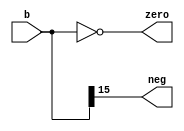
module flags (
   input [15:0] b,
   output neg,
   output zero
   );
   
   assign neg     = b[15];
   assign zero    = b == 0;
   
endmodule